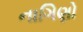
નાગિણો